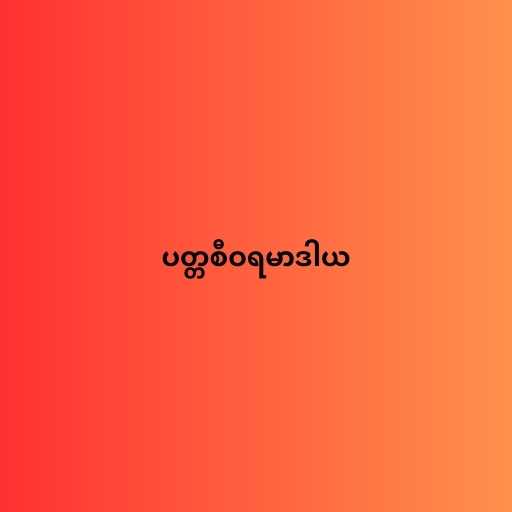
ပတ္တစီဝရမာဒါယ